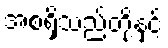
အစရှိသည်တို့နှင့်